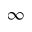
\infty